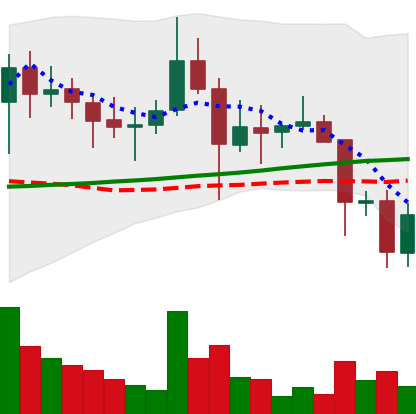
Ticker: DOGE-USD
Chart end date: 2021-11-19
Forward return: -4.841%
Label: down_3_5